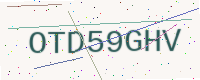
Text: OTD59GHV